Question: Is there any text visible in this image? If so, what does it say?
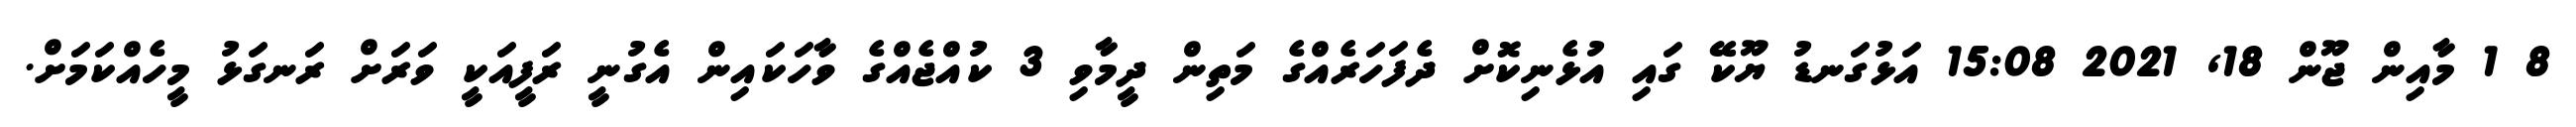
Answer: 8 1 މާއިން ޖޫން 18, 2021 15:08 އަޅުގަނޑު ޔޫކޭ ގައި އުޅެނިކޮށް ދެފަހަރެއްގެ މަތިން ދީމާވި 3 ކުއްޖެއްގެ ވާހަކައިން އެގުނީ ރަފީއަކީ ވަރަށް ރަނގަޅު މީހެއްކަމަށް.